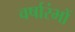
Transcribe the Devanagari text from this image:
वर्षारंभों